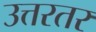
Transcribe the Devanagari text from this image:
उत्तरतर